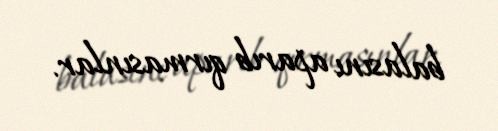
balasını aparıb qırmasınlar.